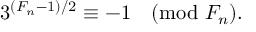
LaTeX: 3 ^ { ( F _ { n } - 1 ) / 2 } \equiv - 1 { \pmod { F _ { n } } } .